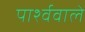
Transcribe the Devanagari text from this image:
पार्श्ववाले